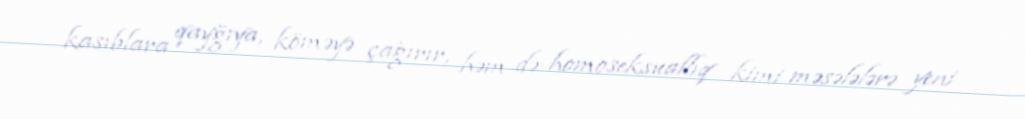
kasıblara qayğıya, köməyə çağırır, həm də homoseksuallıq kimi məsələlərə yeni